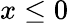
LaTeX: x\le 0